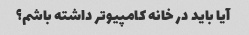
آیا باید در خانه کامپیوتر داشته باشم؟